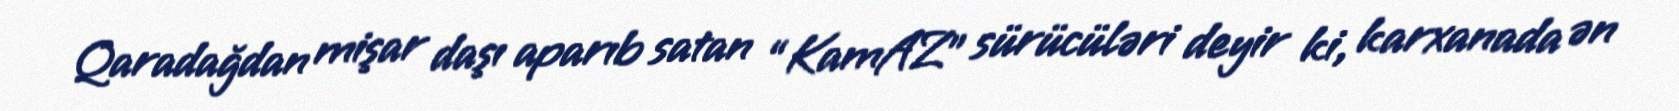
Qaradağdan mişar daşı aparıb satan “KamAZ” sürücüləri deyir ki, karxanada ən